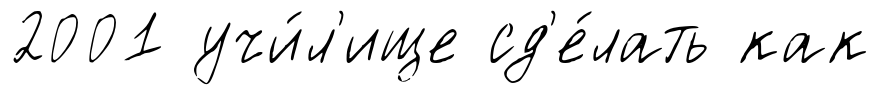
2001 учи́л'ище сд'е́лать как